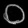
Digit: ၀